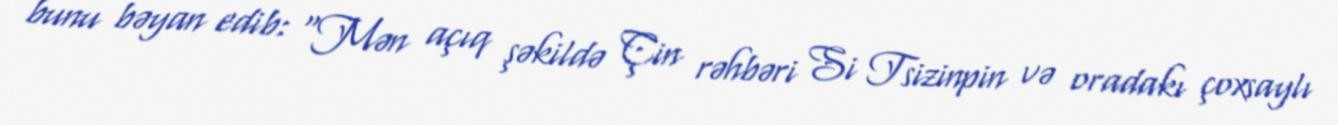
bunu bəyan edib: "Mən açıq şəkildə Çin rəhbəri Si Tsizinpin və oradakı çoxsaylı